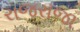
રાજરાજા